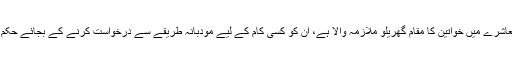
ایس کے نامی ایک ٹویٹر ہینڈل نے لکھا کہ ’پاکستانی معاشرے میں خواتین کا مقام گھریلو ملازمہ والا ہے، ان کو کسی کام کے لیے مودبانہ طریقے سے درخواست کرنے کے بجائے حکم دیا جاتا ہے اور پھر کام کی تعریف بھی نہیں کی جاتی۔